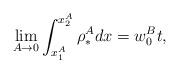
LaTeX: \begin{align*}\lim\limits_{A\rightarrow0}\int_{x_1^{A}}^{x_2^{A}}\rho_*^{A}dx=w_0^{B}t,\end{align*}